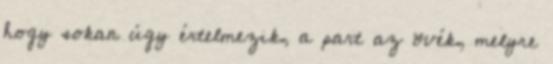
hogy sokan úgy értelmezik, a part az övék, melyre